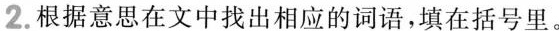
2.根据意思在文中找出相应的词语，填在括号里。